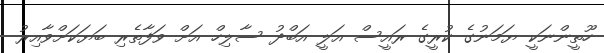
ހޫތީންނަކީ ޔަމަނުގެ ކުރީގެ ރައީސް އަލީ އަބްދު ސާލިހް އަށް ވަފާތެރި ބަޔަކަށްވާއިރު